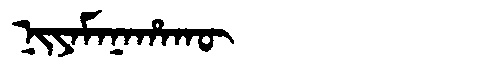
Manchu: ᠨᡳᠶᠠᠮᠠᠨᠠᡥᠠᡴᡡ
Romanization: NIYAMANAHAKŪ